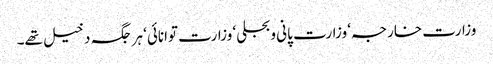
وزارت خارجہ‘ وزارت پانی وبجلی‘ وزارت توانائی‘ ہر جگہ دخیل تھے۔